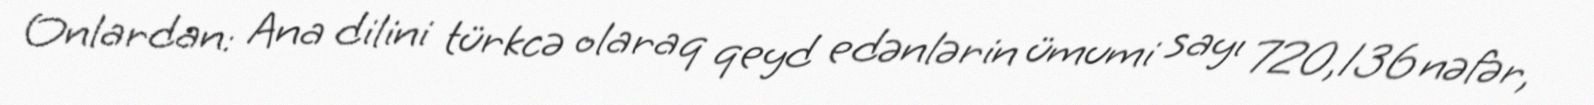
Onlardan: Ana dilini türkcə olaraq qeyd edənlərin ümumi sayı 720,136 nəfər,